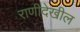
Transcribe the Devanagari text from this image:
राणीदेखील